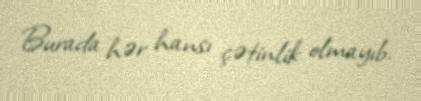
Burada hər hansı çətinlik olmayıb.